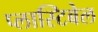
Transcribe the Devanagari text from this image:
प्लास्टिबेल